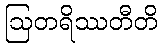
ဩတရိဿတီတိ